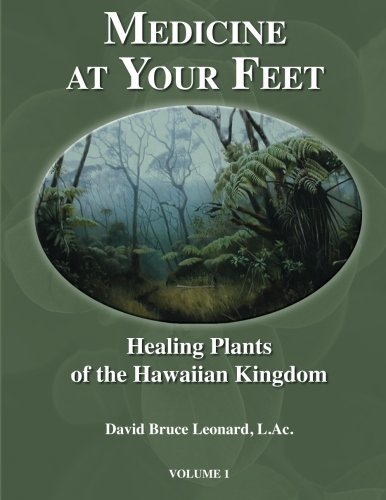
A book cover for Medicine at Your Feet: Healing Plants of the Hawaiian Kingdom (Volume 1); David Bruce Leonard L.Ac.; Medical Books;